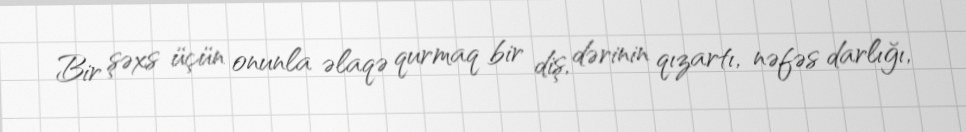
Bir şəxs üçün onunla əlaqə qurmaq bir diş, dərinin qızartı, nəfəs darlığı,